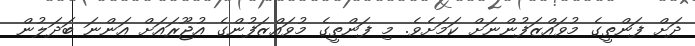
ދަށް ފަންތީގެ މުވައްޒަފުންނަށް ކަމަށެވެ. މި ފަންތީގެ މުވައްޒަފުންގެ އުޖޫރައަށް އަންނަ ބަދަލުން